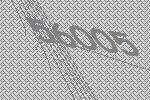
56005